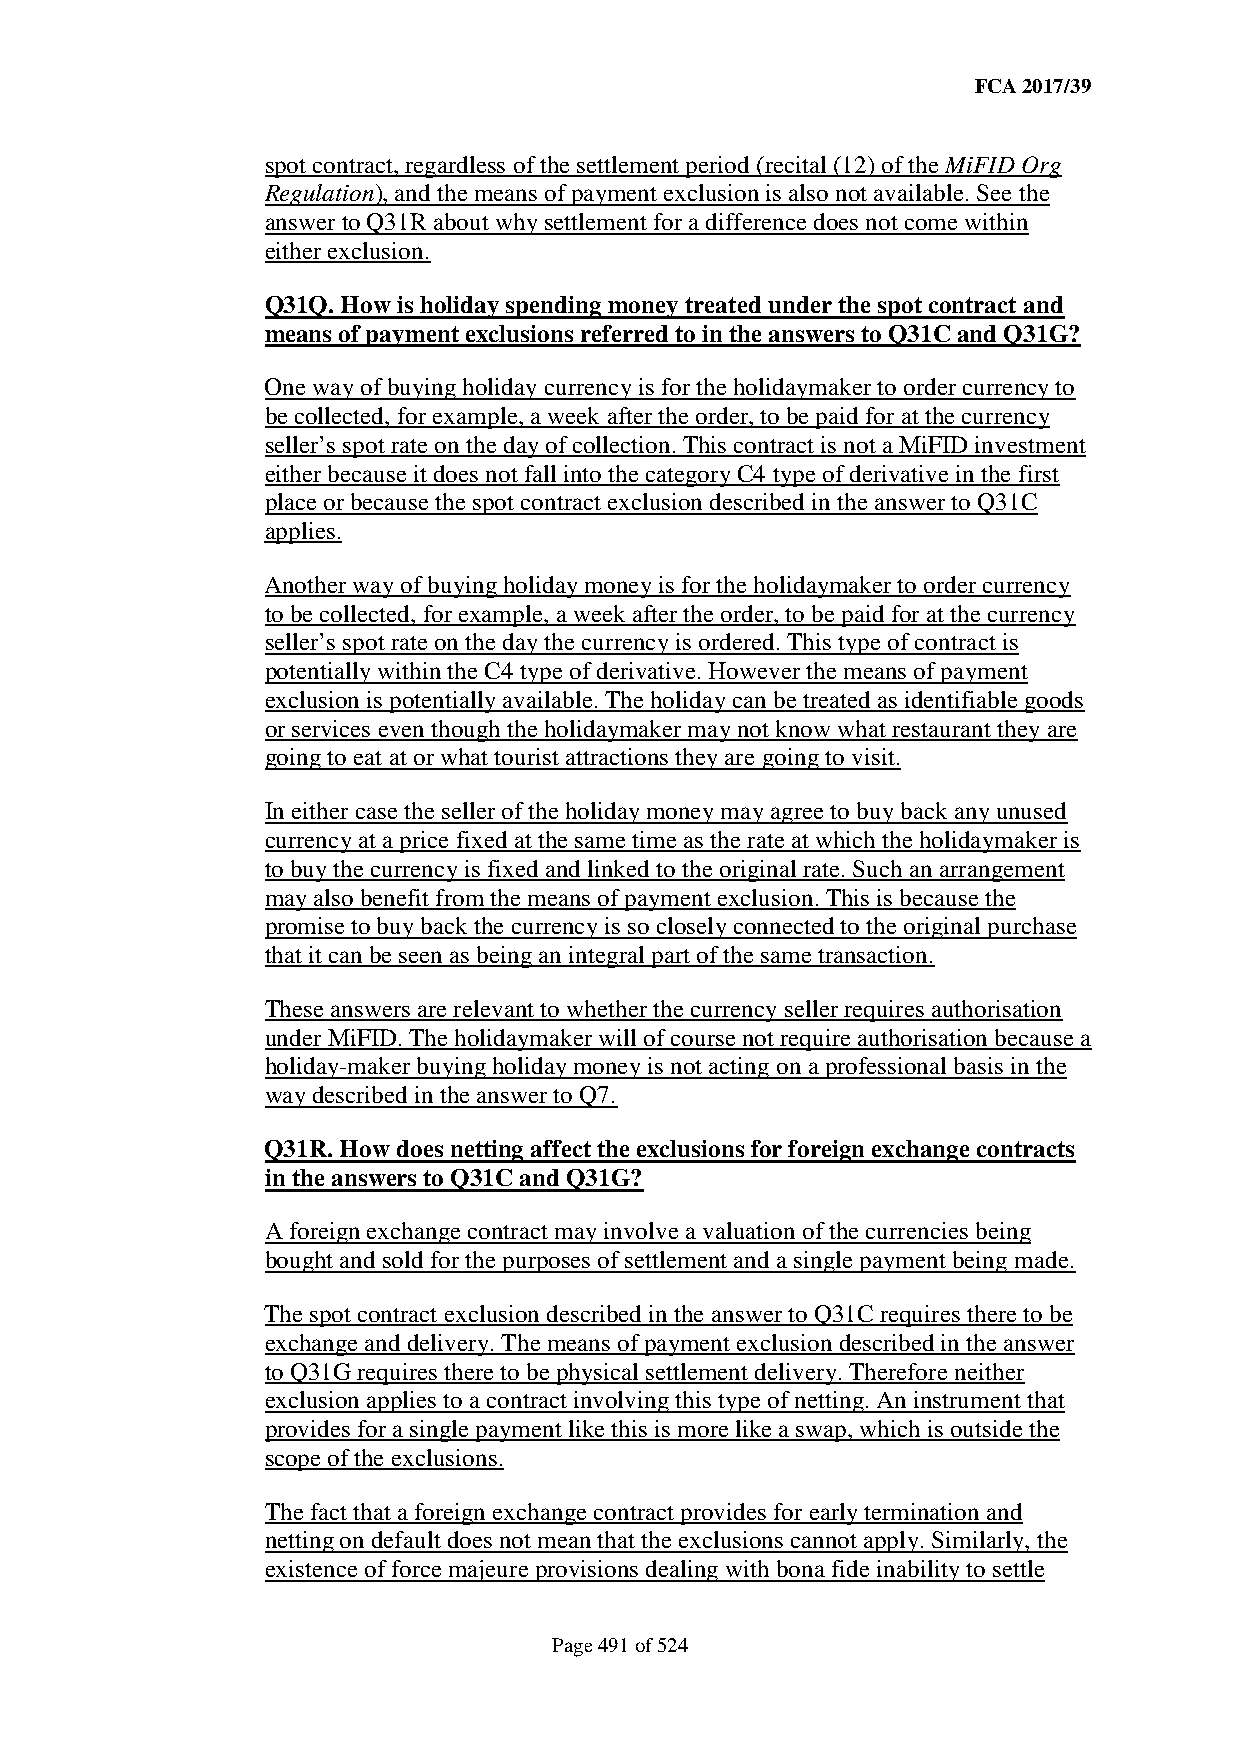
FCA 2017/39
 spot contract, regardless of the settlement period (recital (12) of the MiFID Org
 Regulation), and the means of payment exclusion is also not available. See the
 answer to Q31R about why settlement for a difference does not come within
 either exclusion.
 Q31Q. How is holiday spending money treated under the spot contract and
 means of payment exclusions referred to in the answers to Q31C and Q31G?
 One way of buying holiday currency is for the holidaymaker to order currency to
 be collected, for example, a week after the order, to be paid for at the currency
 seller’s spot rate on the day of collection. This contract is not a MiFID investment
 either because it does not fall into the category C4 type of derivative in the first
 place or because the spot contract exclusion described in the answer to Q31C
 applies.
 Another way of buying holiday money is for the holidaymaker to order currency
 to be collected, for example, a week after the order, to be paid for at the currency
 seller’s spot rate on the day the currency is ordered. This type of contract is
 potentially within the C4 type of derivative. However the means of payment
 exclusion is potentially available. The holiday can be treated as identifiable goods
 or services even though the holidaymaker may not know what restaurant they are
 going to eat at or what tourist attractions they are going to visit.
 In either case the seller of the holiday money may agree to buy back any unused
 currency at a price fixed at the same time as the rate at which the holidaymaker is
 to buy the currency is fixed and linked to the original rate. Such an arrangement
 may also benefit from the means of payment exclusion. This is because the
 promise to buy back the currency is so closely connected to the original purchase
 that it can be seen as being an integral part of the same transaction.
 These answers are relevant to whether the currency seller requires authorisation
 under MiFID. The holidaymaker will of course not require authorisation because a
 holiday-maker buying holiday money is not acting on a professional basis in the
 way described in the answer to Q7.
 Q31R. How does netting affect the exclusions for foreign exchange contracts
 in the answers to Q31C and Q31G?
 A foreign exchange contract may involve a valuation of the currencies being
 bought and sold for the purposes of settlement and a single payment being made.
 The spot contract exclusion described in the answer to Q31C requires there to be
 exchange and delivery. The means of payment exclusion described in the answer
 to Q31G requires there to be physical settlement delivery. Therefore neither
 exclusion applies to a contract involving this type of netting. An instrument that
 provides for a single payment like this is more like a swap, which is outside the
 scope of the exclusions.
 The fact that a foreign exchange contract provides for early termination and
 netting on default does not mean that the exclusions cannot apply. Similarly, the
 existence of force majeure provisions dealing with bona fide inability to settle
 Page 491 of 524